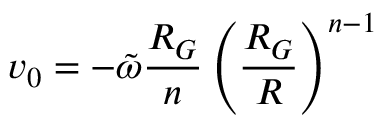
v _ { 0 } = - \tilde { \omega } \frac { R _ { G } } { n } \left( \frac { R _ { G } } { R } \right) ^ { n - 1 }